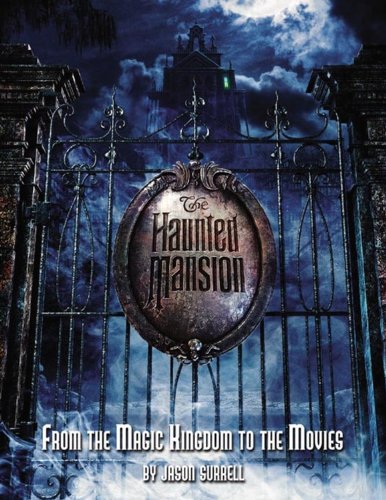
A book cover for The Haunted Mansion: From the Magic Kingdom to the Movies; Jason Surrell; Humor & Entertainment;